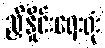
ညှိနှိုင်းရေးရုံး